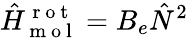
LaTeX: \hat{H}_{\mathrm{~m~o~l~}}^{\mathrm{~r~o~t~}}=B_{e}\hat{N}^{2}